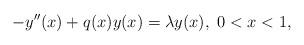
LaTeX: \begin{align*}-y''(x)+q(x)y(x)=\lambda y(x), \ 0<x<1,\end{align*}